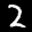
Label: 2